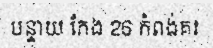
បន្ទាយ កែង 26 កំពង់គរ